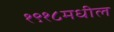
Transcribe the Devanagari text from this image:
१९१८मधील